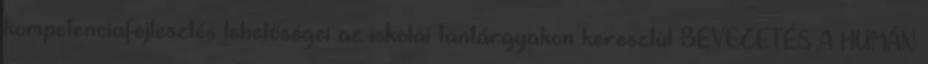
kompetenciafejlesztés lehetőségei az iskolai tantárgyakon keresztül BEVEZETÉS A HUMÁN